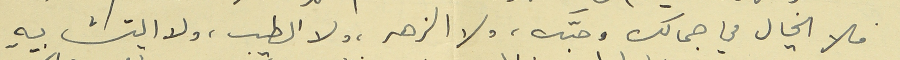
فلا الخيال في جمالك وحبّك، ولا الزهر، والطيب، ولا التشابه